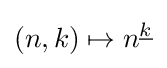
(n,k)\mapsto n^{\underline {k}}